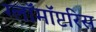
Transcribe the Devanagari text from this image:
ग्लॉमॉप्टरिस